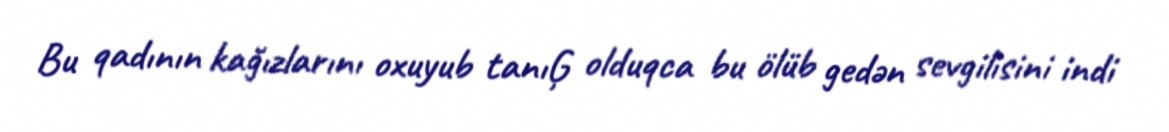
Bu qadının kağızlarını oxuyub tanıĢ olduqca bu ölüb gedən sevgilisini indi